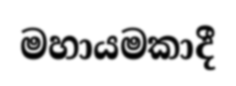
මහායමකාදී